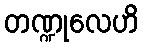
တဏ္ဍုလေဟိ